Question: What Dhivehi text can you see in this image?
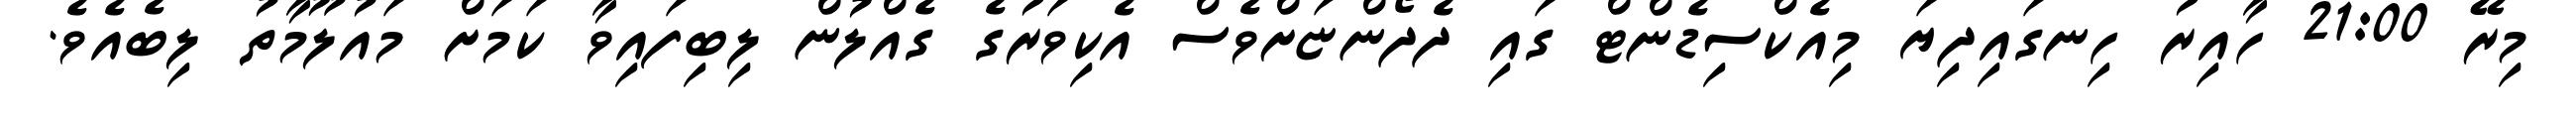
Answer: މިރޭ 21:00 ހާއިރު ހިނގައިދިޔަ މިއެކްސިޑެންޓް ގައި ދެދޯންޏަށްވެސް އެކިވަރުގެ ގެއްލުން ލިބިފައިވާ ކަމަށް މައުލޫމާތު ލިބެއެވެ.